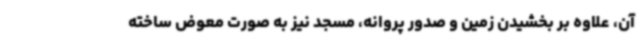
آن، علاوه بر بخشیدن زمین و صدور پروانه، مسجد نیز به صورت معوض ساخته